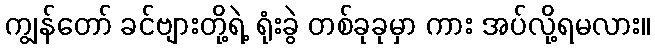
ကျွန်တော် ခင်ဗျားတို့ရဲ့ ရုံးခွဲ တစ်ခုခုမှာ ကား အပ်လို့ရမလား။